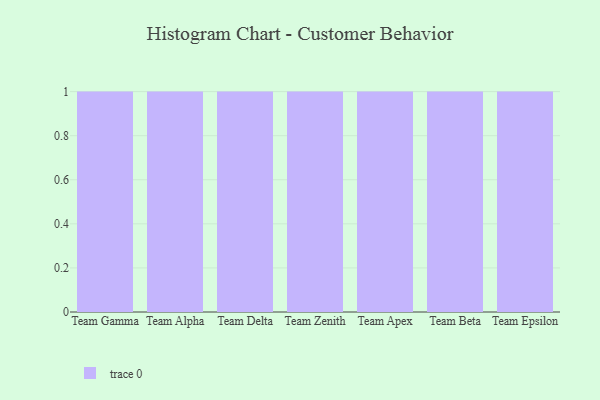
{"axis": {"x": "Team", "y": "Latency (ms)"}, "legend": [""], "data": [{"x": "Team Gamma", "y": 92, "type": ""}, {"x": "Team Alpha", "y": 72, "type": ""}, {"x": "Team Delta", "y": 43, "type": ""}, {"x": "Team Zenith", "y": 11, "type": ""}, {"x": "Team Apex", "y": 63, "type": ""}, {"x": "Team Beta", "y": 88, "type": ""}, {"x": "Team Epsilon", "y": 44, "type": ""}]}